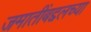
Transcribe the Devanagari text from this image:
जमातींबद्दलच्या